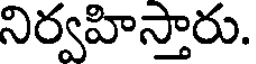
నిర్వహిస్తారు.